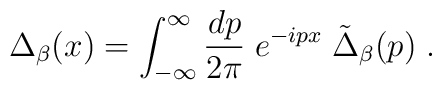
\Delta_{\beta} (x) = \int_{-\infty}^\infty {dp \over 2\pi} \; e^{-ipx} \;\tilde{\Delta}_{\beta}(p)\; .